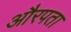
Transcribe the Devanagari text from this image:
औरपता